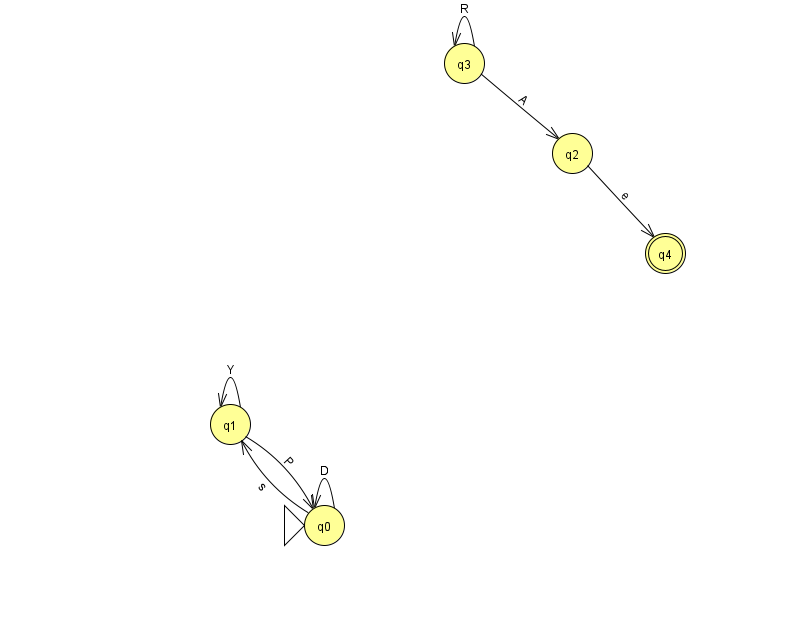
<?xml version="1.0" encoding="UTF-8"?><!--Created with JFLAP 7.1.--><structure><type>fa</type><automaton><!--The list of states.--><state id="0" name="q0"><x>324.0</x><y>512.0</y><initial/></state><state id="1" name="q1"><x>230.0</x><y>411.0</y></state><state id="2" name="q2"><x>572.0</x><y>140.0</y></state><state id="3" name="q3"><x>464.0</x><y>50.0</y></state><state id="4" name="q4"><x>665.0</x><y>240.0</y><final/></state><!--The list of transitions.--><transition><from>3</from><to>3</to><read>R</read></transition><transition><from>0</from><to>0</to><read>D</read></transition><transition><from>0</from><to>1</to><read>s</read></transition><transition><from>1</from><to>0</to><read>P</read></transition><transition><from>1</from><to>1</to><read>Y</read></transition><transition><from>2</from><to>4</to><read>e</read></transition><transition><from>3</from><to>2</to><read>A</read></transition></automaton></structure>